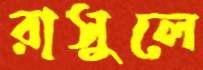
রাসুলে